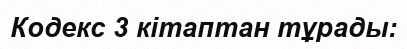
Кодекс 3 кітаптан тұрады: